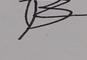
Signature authenticity: forged